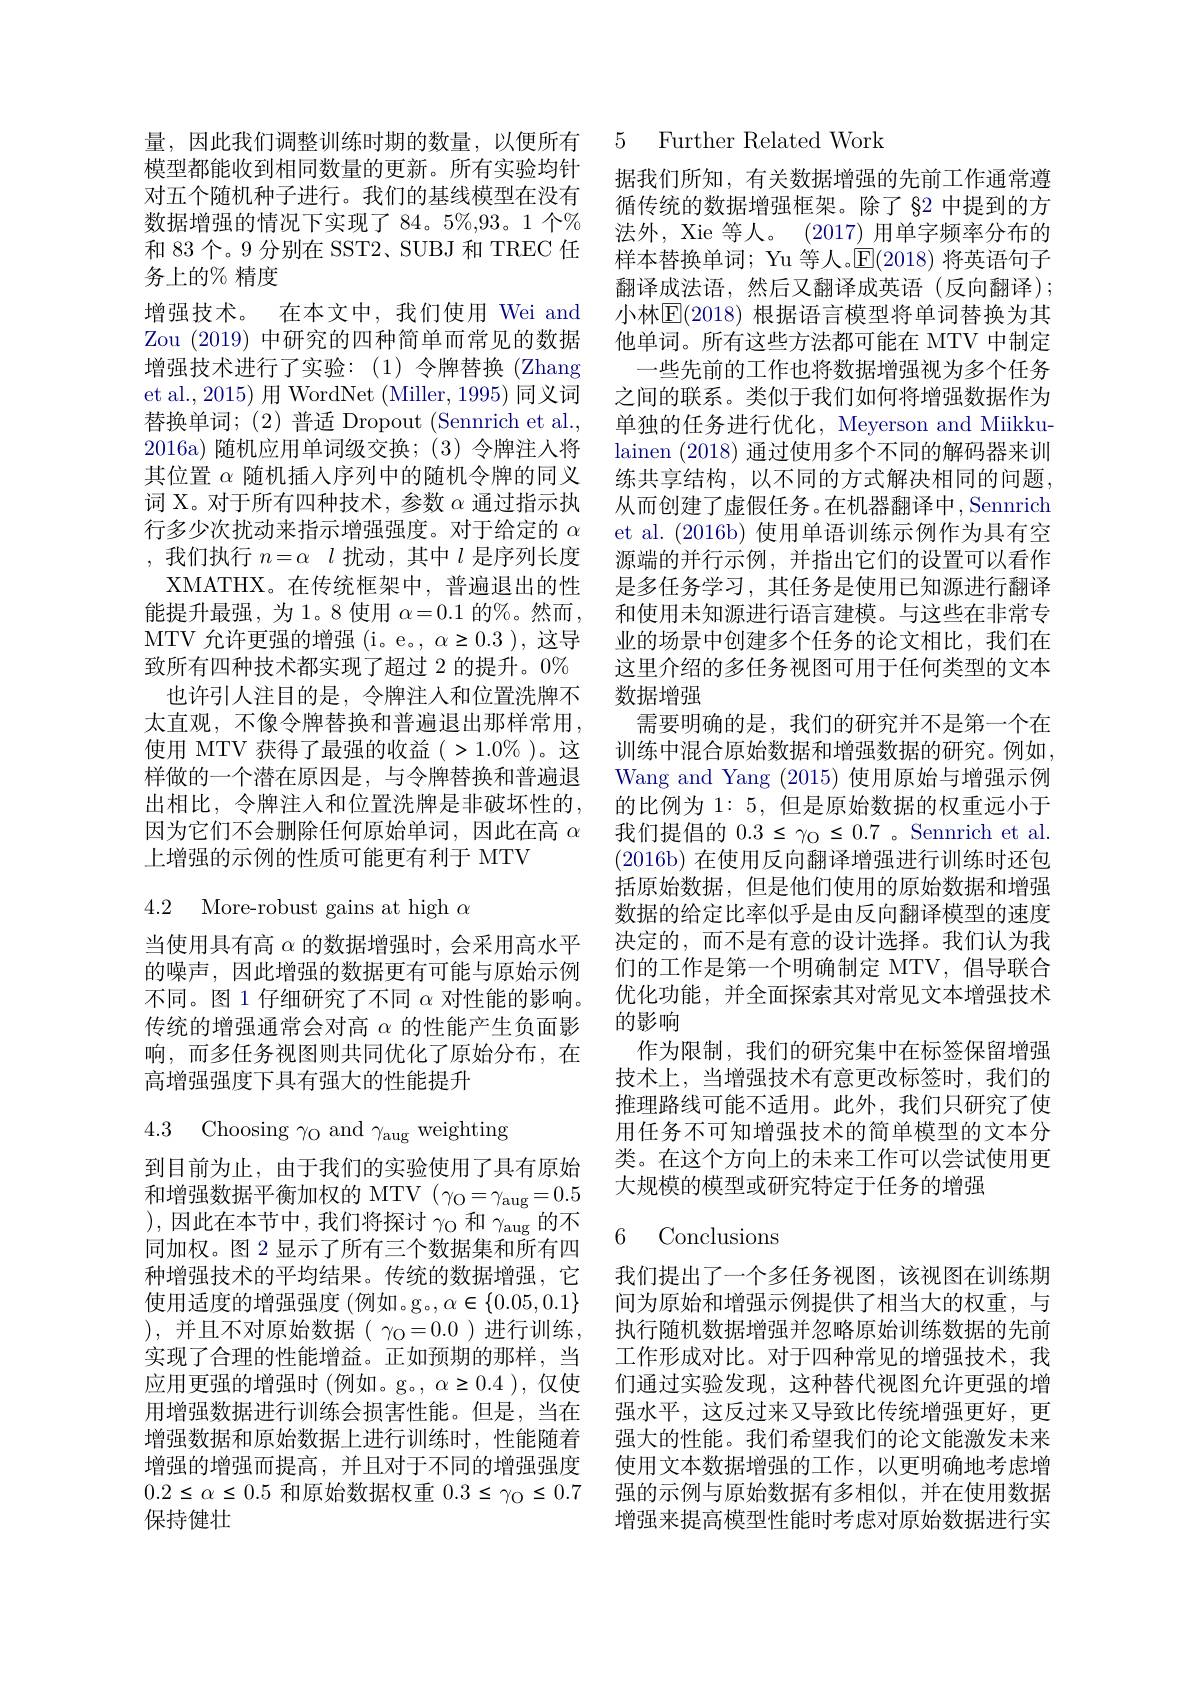
量，因此我们调整训练时期的数量，以便所有模型都能收到相同数量的更新。所有实验均针对五个随机种子进行。我们的基线模型在没有数据增强的情况下实现了 84。5%,93。1 个% 和 83 个。9 分别在 SST2、SUBJ 和 TREC 任务上的% 精度
增强技术。在本文中，我们使用 Wei and Zou (2019)中研究的四种简单而常见的数据增强技术进行了实验：(1)令牌替换(Zhang et al., 2015) 用 WordNet ( Miller, 1995) 同义词替换单词；(2)普适 Dropout (Sennrich et al., 2016a)随机应用单词级交换；(3)令牌注人将其位置$\alpha$随机插人序列中的随机令牌的同义词 X。对于所有四种技术，参数$\alpha$通过指示执行多少次扰动来指示增强强度。对于给定的$\alpha$ ,我们执行$n= \alpha$ $l$扰动，其中$l$是序列长度XMATHX。在传统框架中，普遍退出的性能提升最强，为1。8 使用$\alpha=0.1$的%。然而， MTV 允许更强的增强 (i。e。, $\alpha\geq0.3$ ), 这导致所有四种技术都实现了超过 2 的提升。0%
也许引人注目的是，令牌注人和位置洗牌不太直观，不像令牌替换和普遍退出那样常用， 使用 MTV 获得了最强的收益(>1.0%)。这样做的一个潜在原因是，与令牌替换和普遍退出相比，令牌注人和位置洗牌是非破坏性的， 因为它们不会删除任何原始单词，因此在高$\alpha$ 上增强的示例的性质可能更有利于 MTV

4.2 More-robust gains at high $\alpha$

当使用具有高$\alpha$的数据增强时，会采用高水平的噪声，因此增强的数据更有可能与原始示例响，而多任务视图则共同优化了原始分布，在高增强强度下具有强大的性能提升

4.3 Choosing $\gamma_{\mathrm{O}}$ and $\gamma_{\mathrm{aug}}$ weighting

到目前为止，由于我们的实验使用了具有原始和增强数据平衡加权的 MTV $(\gamma_{\mathrm{O}}=\gamma_{\mathrm{aug}}=0.5$ ),因此在本节中，我们将探讨$\gamma_\mathrm{O}$和$\gamma_\mathrm{aug}$的不同加权。图 2 显示了所有三个数据集和所有四种增强技术的平均结果。传统的数据增强，它使用适度的增强强度 (例如。g。,$\alpha\in\{0.05,0.1\}$ ), 并且不对原始数据( $\gamma_{\mathrm{O}}=0.0$ )进行训练， 实现了合理的性能增益。正如预期的那样，当应用更强的增强时(例如。g。, $\alpha\geq0.4$ ),仅使用增强数据进行训练会损害性能。但是，当在增强数据和原始数据上进行训练时，性能随着增强的增强而提高，并且对于不同的增强强度$0.2\leq\alpha\leq0.5$和原始数据权重$0.3\leq\gamma_{\mathrm{O}}\leq0.7$

## 保持健壮

### 5 Further Related Work

据我们所知，有关数据增强的先前工作通常遵循传统的数据增强框架。除了 §2 中提到的方法外，Xie 等人。(2017) 用单字频率分布的样本替换单词；Yu 等人。$\mathbb{E}(2018)$将英语句子翻译成法语，然后又翻译成英语(反向翻译); 小林$\mathbb{E}(2018)$ 根据语言模型将单词替换为其他单词。所有这些方法都可能在 MTV 中制定
一些先前的工作也将数据增强视为多个任务之间的联系。类似于我们如何将增强数据作为单独的任务进行优化，Meyerson and Miikkulainen (2018)通过使用多个不同的解码器来训练共享结构，以不同的方式解决相同的问题， 从而创建了虚假任务。在机器翻译中，Sennrich et al. (2016b) 使用单语训练示例作为具有空源端的并行示例，并指出它们的设置可以看作是多任务学习，其任务是使用已知源进行翻译和使用未知源进行语言建模。与这些在非常专业的场景中创建多个任务的论文相比，我们在这里介绍的多任务视图可用于任何类型的文本数据增强
需要明确的是，我们的研究并不是第一个在训练中混合原始数据和增强数据的研究。例如， Wang and Yang (2015)使用原始与增强示例的比例为 1: 5, 但是原始数据的权重远小于我们提倡的$0.3\leq\gamma_{\mathrm{O}}\leq0.7$ 。Sennrich et al. (2016b) 在使用反向翻译增强进行训练时还包括原始数据，但是他们使用的原始数据和增强数据的给定比率似乎是由反向翻译模型的速度决定的，而不是有意的设计选择。我们认为我们的工作是第一个明确制定 MTV, 倡导联合
不同。图 1 仔细研究了不同$\alpha$对性能的影响。优化功能，并全面探索其对常见文本增强技术
传统的增强通常会对高$\alpha$的性能产生负面影 的影响
作为限制，我们的研究集中在标签保留增强技术上，当增强技术有意更改标签时，我们的推理路线可能不适用。此外，我们只研究了使用任务不可知增强技术的简单模型的文本分类。在这个方向上的未来工作可以尝试使用更大规模的模型或研究特定于任务的增强

# 6 Conclusions

我们提出了一个多任务视图，该视图在训练期间为原始和增强示例提供了相当大的权重，与执行随机数据增强并忽略原始训练数据的先前工作形成对比。对于四种常见的增强技术，我们通过实验发现，这种替代视图允许更强的增强水平，这反过来又导致比传统增强更好，更强大的性能。我们希望我们的论文能激发未来使用文本数据增强的工作，以更明确地考虑增强的示例与原始数据有多相似，并在使用数据增强来提高模型性能时考虑对原始数据进行实